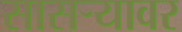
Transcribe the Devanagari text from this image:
सासर्‍यावर